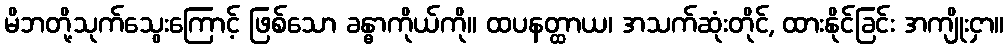
မိဘတို့သုက်သွေးကြောင့် ဖြစ်သော ခန္ဓာကိုယ်ကို။ ထပနတ္ထာယ၊ အသက်ဆုံးတိုင်, ထားနိုင်ခြင်း အကျိုးငှာ။